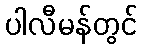
ပါလီမန်တွင်